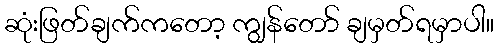
ဆုံးဖြတ်ချက်ကတော့ ကျွန်တော် ချမှတ်ရမှာပါ။